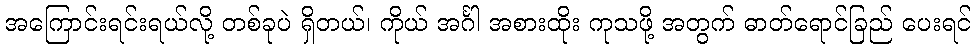
အကြောင်းရင်းရယ်လို့ တစ်ခုပဲ ရှိတယ်၊ ကိုယ် အင်္ဂါ အစားထိုး ကုသဖို့ အတွက် ဓာတ်ရောင်ခြည် ပေးရင်